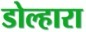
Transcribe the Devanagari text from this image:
डोल्हारा